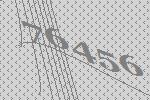
76456